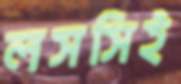
লসসিই